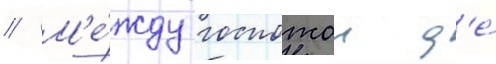
// М'е́жду госпожои д'е́